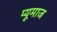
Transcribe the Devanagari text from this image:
प्यूमाज